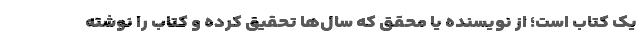
یک کتاب است؛ از نویسنده یا محقق که سال‌ها تحقیق کرده و کتاب را نوشته